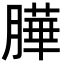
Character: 𦠜